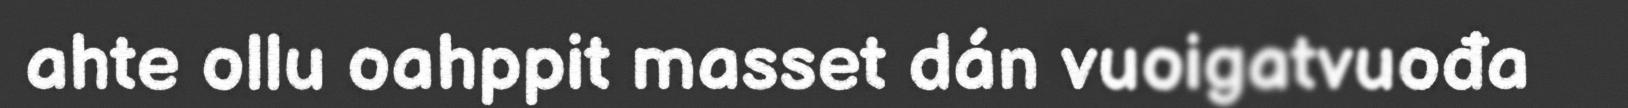
ahte ollu oahppit masset dán vuoigatvuođa